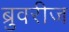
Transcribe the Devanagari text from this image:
ब्रुवरीज